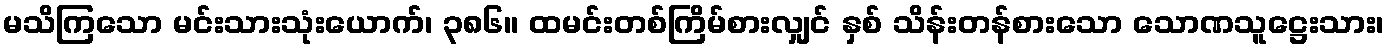
မသိကြသော မင်းသားသုံးယောက်၊ ၃၈၆။ ထမင်းတစ်ကြိမ်စားလျှင် နှစ် သိန်းတန်စားသော သောဏသူဋ္ဌေးသား၊